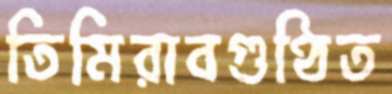
তিমিরাবগুণ্ঠিত